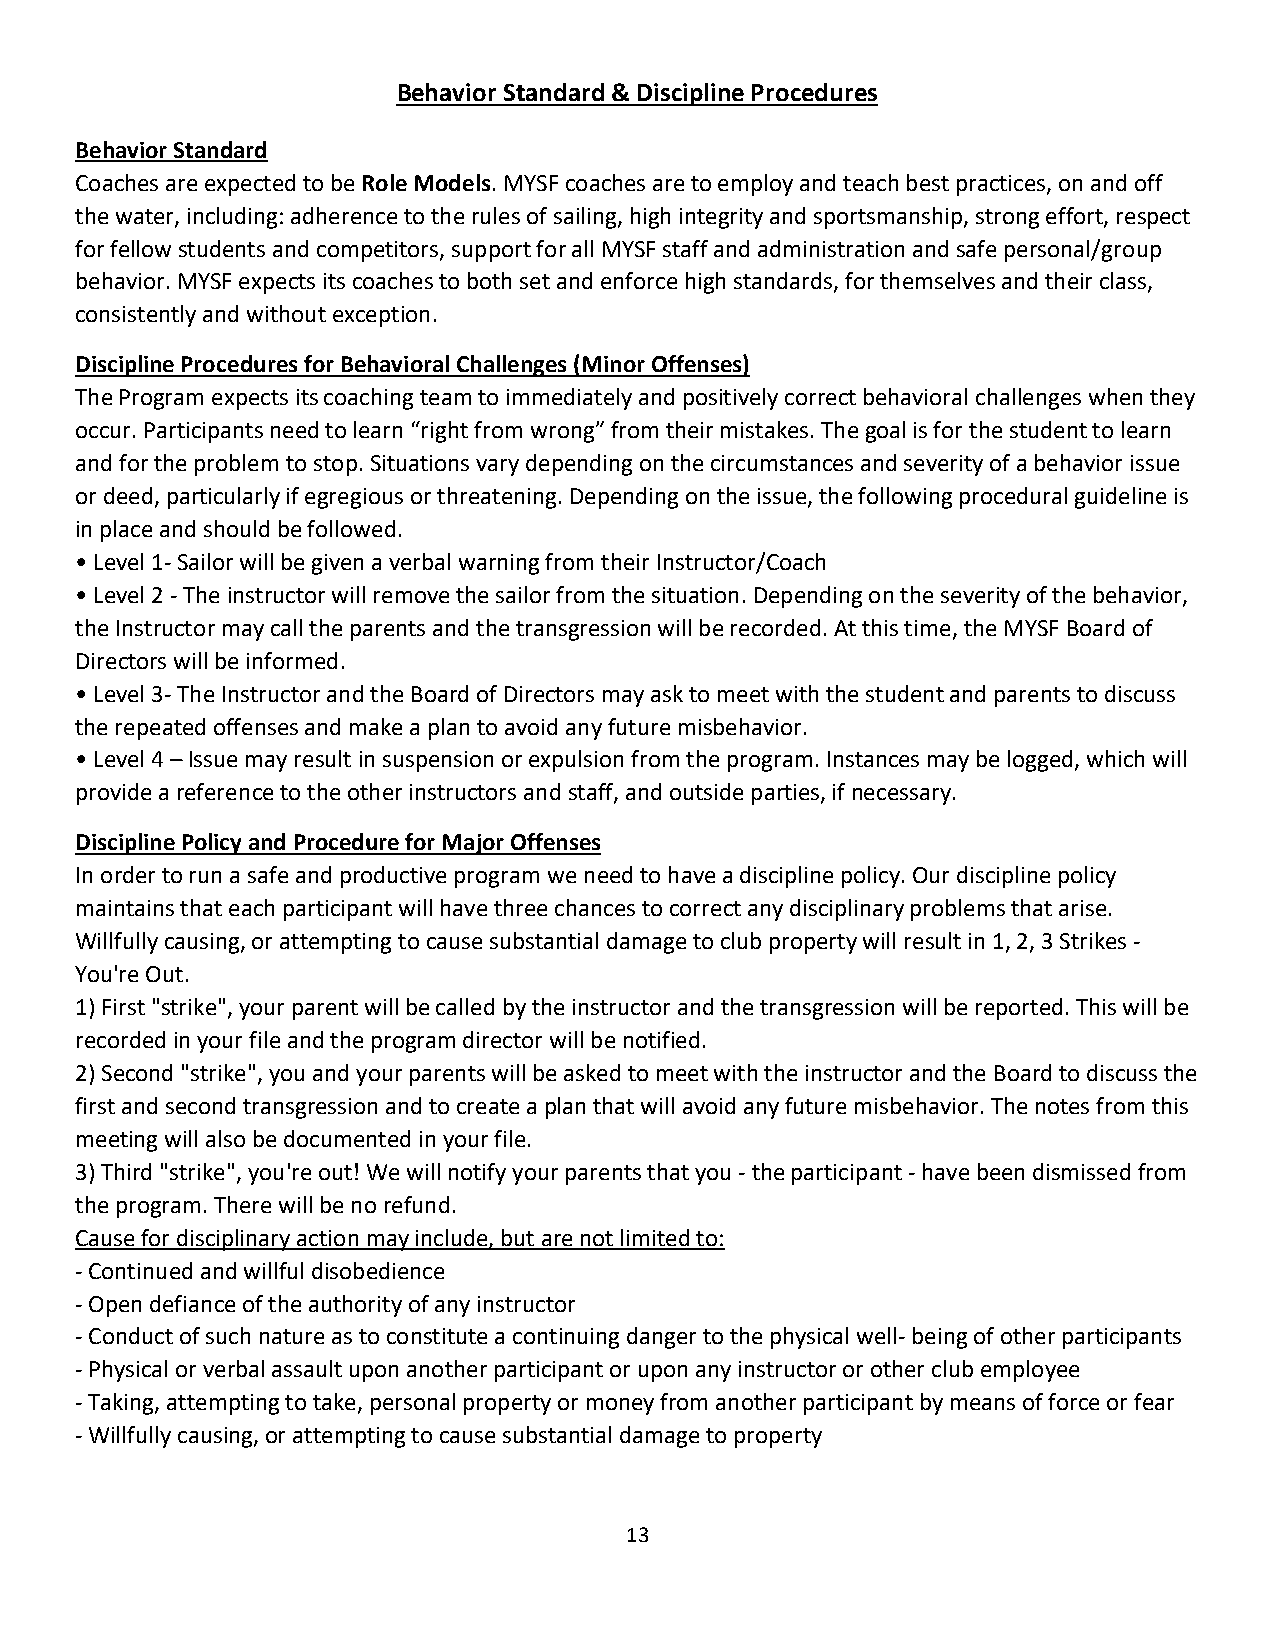
Behavior Standard & Discipline Procedures
 Behavior Standard
 Coaches are expected to be Role Models. MYSF coaches are to employ and teach best practices, on and off
 the water, including: adherence to the rules of sailing, high integrity and sportsmanship, strong effort, respect
 for fellow students and competitors, support for all MYSF staff and administration and safe personal/group
 behavior. MYSF expects its coaches to both set and enforce high standards, for themselves and their class,
 consistently and without exception.
 Discipline Procedures for Behavioral Challenges (Minor Offenses)
 The Program expects its coaching team to immediately and positively correct behavioral challenges when they
 occur. Participants need to learn “right from wrong” from their mistakes. The goal is for the student to learn
 and for the problem to stop. Situations vary depending on the circumstances and severity of a behavior issue
 or deed, particularly if egregious or threatening. Depending on the issue, the following procedural guideline is
 in place and should be followed.
 • Level 1- Sailor will be given a verbal warning from their Instructor/Coach
 • Level 2 - The instructor will remove the sailor from the situation. Depending on the severity of the behavior,
 the Instructor may call the parents and the transgression will be recorded. At this time, the MYSF Board of
 Directors will be informed.
 • Level 3- The Instructor and the Board of Directors may ask to meet with the student and parents to discuss
 the repeated offenses and make a plan to avoid any future misbehavior.
 • Level 4 – Issue may result in suspension or expulsion from the program. Instances may be logged, which will
 provide a reference to the other instructors and staff, and outside parties, if necessary.
 Discipline Policy and Procedure for Major Offenses
 In order to run a safe and productive program we need to have a discipline policy. Our discipline policy
 maintains that each participant will have three chances to correct any disciplinary problems that arise.
 Willfully causing, or attempting to cause substantial damage to club property will result in 1, 2, 3 Strikes -
 You're Out.
 1) First "strike", your parent will be called by the instructor and the transgression will be reported. This will be
 recorded in your file and the program director will be notified.
 2) Second "strike", you and your parents will be asked to meet with the instructor and the Board to discuss the
 first and second transgression and to create a plan that will avoid any future misbehavior. The notes from this
 meeting will also be documented in your file.
 3) Third "strike", you're out! We will notify your parents that you - the participant - have been dismissed from
 the program. There will be no refund.
 Cause for disciplinary action may include, but are not limited to:
 - Continued and willful disobedience
 - Open defiance of the authority of any instructor
 - Conduct of such nature as to constitute a continuing danger to the physical well- being of other participants
 - Physical or verbal assault upon another participant or upon any instructor or other club employee
 - Taking, attempting to take, personal property or money from another participant by means of force or fear
 - Willfully causing, or attempting to cause substantial damage to property
 13